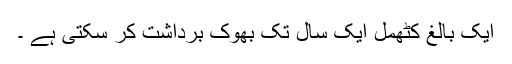
ایک بالغ کٹھمل ایک سال تک بھوک برداشت کر سکتی ہے ۔